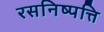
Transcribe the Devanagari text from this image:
रसनिष्पत्ति